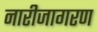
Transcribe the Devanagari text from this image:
नारीजागरण